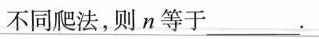
不同爬法，则n等于___。